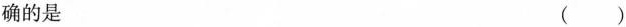
确的是 ()